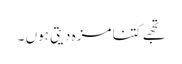
تجھے کتنا مزہ دیتی ہوں ۔